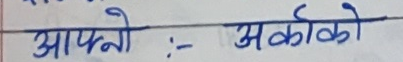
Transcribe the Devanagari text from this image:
आफ्नो :- अर्कको